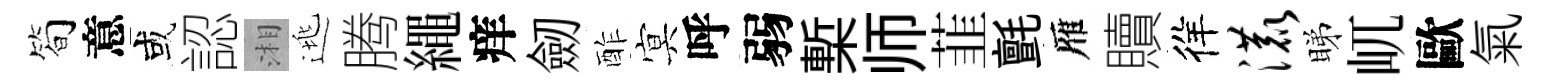
简意或認湘逃腾繩痒劒酢㝠呼弱槧师韮氈雁贖徉漉睇屼歐氣